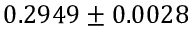
0 . 2 9 4 9 \pm 0 . 0 0 2 8